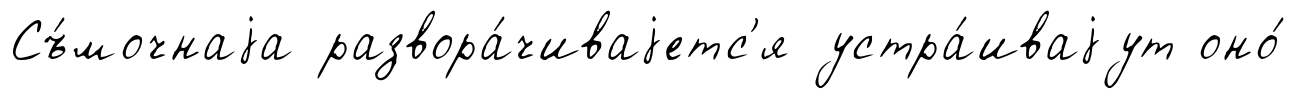
Съ́мочнаjа развора́чиваjетс'я устра́иваjут оно́